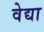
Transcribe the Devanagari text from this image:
वेद्या